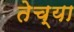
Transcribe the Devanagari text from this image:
तेच्या